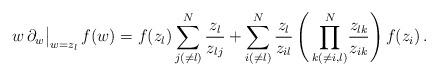
LaTeX: \begin{align*}w\,\partial_w \big|_{w = z_l} \, f(w) = f(z_l) \sum_{j(\neq l)}^N \frac{z_l}{z_{lj}} + \sum_{i (\neq l)}^N \frac{z_l}{z_{il}} \, \Biggl( \, \prod_{k(\neq i,l)}^N \! \frac{z_{lk}}{z_{ik}} \Biggr) \, f(z_i) \, .\end{align*}